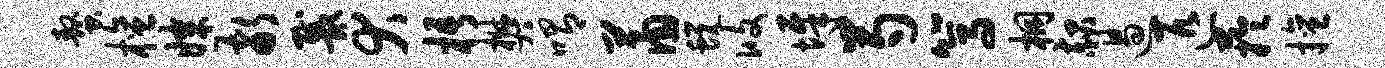
螯檀媒敬戴犬梧樊喟萧蜕攸墀芍篙桐赧遏匹芋擅